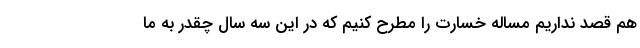
هم قصد نداریم مساله خسارت را مطرح کنیم که در این سه سال چقدر به ما